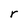
Character: r